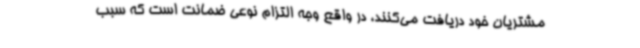
مشتریان خود دریافت می‌کنند، در واقع وجه التزام نوعی ضمانت است که سبب